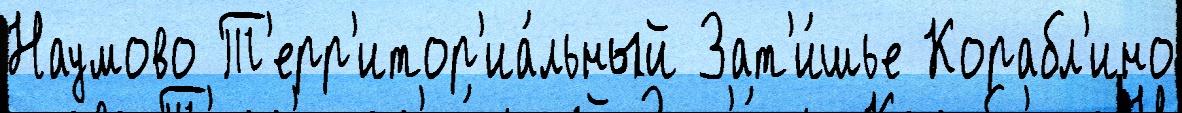
Наумово Т'ерр'итор'иа́льный Зат'и́шье Корабл'ино